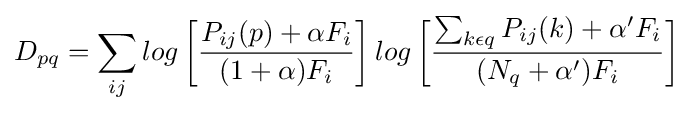
D_{pq}=\sum _{ij}log\left[{\dfrac {P_{ij}(p)+\alpha F_{i}}{(1+\alpha )F_{i}}}\right]log\left[{\dfrac {\sum _{k\epsilon q}P_{ij}(k)+\alpha 'F_{i}}{(N_{q}+\alpha ')F_{i}}}\right]